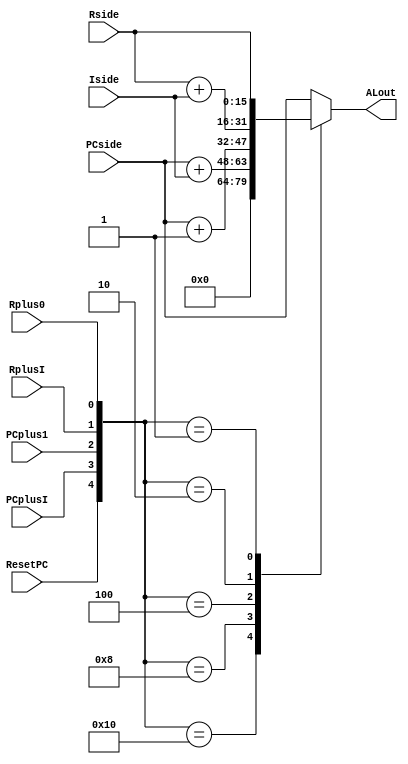
//----------------------------------------------------------------------
//--SAYEH (Simple Architecture Yet Enough Hardware) CPU
//----------------------------------------------------------------------
// Address Logic

`timescale 1 ns /1 ns

module AddressLogic (
	PCside, Rside, Iside, ALout, ResetPC, PCplusI, PCplus1, RplusI, Rplus0
);
input [15:0] PCside, Rside;
input [7:0] Iside;
input ResetPC, PCplusI, PCplus1, RplusI, Rplus0;
output [15:0] ALout;
reg [15:0] ALout;

	always @(PCside or Rside or Iside or ResetPC or PCplusI or PCplus1 or RplusI or Rplus0)
		case ({ResetPC, PCplusI, PCplus1, RplusI, Rplus0})
			5'b10000: ALout = 0;
			5'b01000: ALout = PCside + Iside;
			5'b00100: ALout = PCside + 1;
			5'b00010: ALout = Rside + Iside;
			5'b00001: ALout = Rside;
			default: ALout = PCside;
		endcase

endmodule